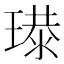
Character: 𤨶